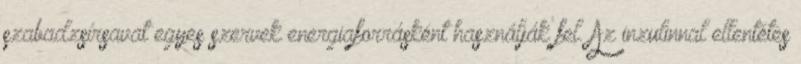
szabadzsírsavat egyes szervek energiaforrásként használják fel. Az inzulinnal ellentétes